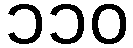
၁၁၀